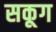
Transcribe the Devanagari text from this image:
सकूग